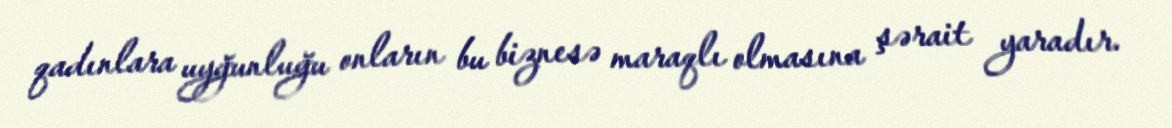
qadınlara uyğunluğu onların bu biznesə maraqlı olmasına şərait yaradır.